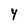
Character: Y